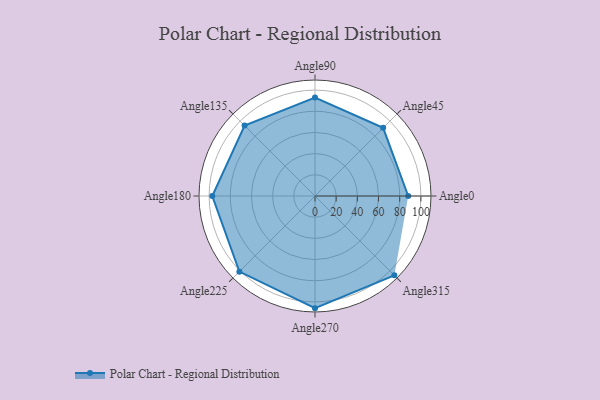
{"axis": {"x": "Angle", "y": "Radius"}, "legend": [""], "data": [{"x": "Angle0", "y": 88.0, "type": ""}, {"x": "Angle45", "y": 91.0, "type": ""}, {"x": "Angle90", "y": 93.0, "type": ""}, {"x": "Angle135", "y": 94.0, "type": ""}, {"x": "Angle180", "y": 97.0, "type": ""}, {"x": "Angle225", "y": 101.0, "type": ""}, {"x": "Angle270", "y": 106.0, "type": ""}, {"x": "Angle315", "y": 106.0, "type": ""}]}